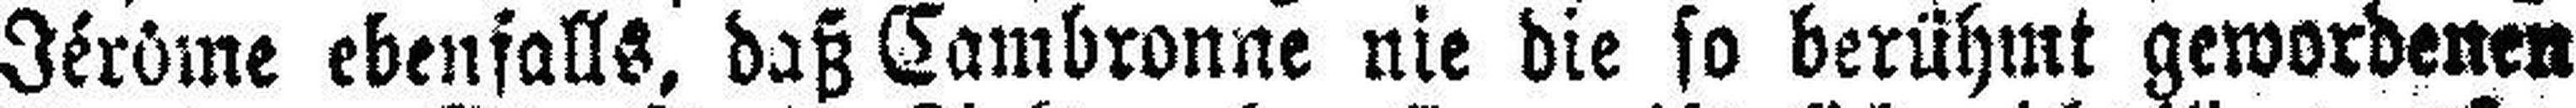
Jérôme ebenfalls, daß Cambronne nie die so berühmt gewordenen